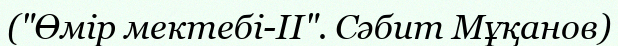
("Өмір мектебі-ІІ". Сәбит Мұқанов)